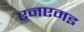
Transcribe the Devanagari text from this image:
एनएमइ